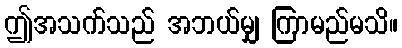
ဤအသက်သည် အဘယ်မျှ ကြာမည်မသိ။